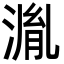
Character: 湚